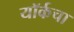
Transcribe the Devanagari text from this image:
यॉर्कचा